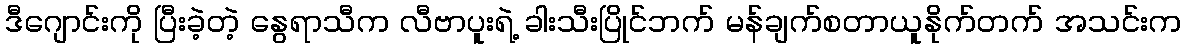
ဒီဂျောင်းကို ပြီးခဲ့တဲ့ နွေရာသီက လီဗာပူးရဲ့ ခါးသီးပြိုင်ဘက် မန်ချက်စတာယူနိုက်တက် အသင်းက